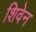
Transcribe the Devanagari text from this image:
शिवेन